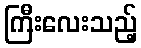
ကြီးလေးသည့်